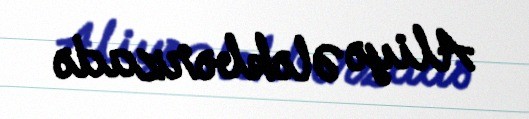
Aliyə Ələkbərzadə